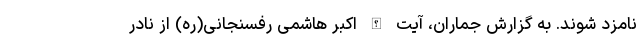
نامزد شوند. به گزارش جماران، آیت الله اکبر هاشمی رفسنجانی(ره) از نادر